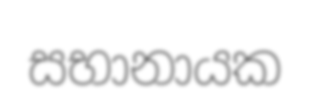
සභානායක